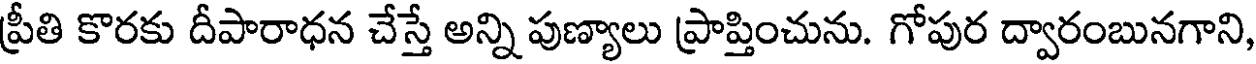
ప్రీతి కొరకు దీపారాధన చేస్తే అన్ని పుణ్యాలు ప్రాప్తించును. గోపుర ద్వారంబునగాని,